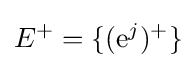
E^{+}=\{(\mathrm {e} ^{j})^{+}\}